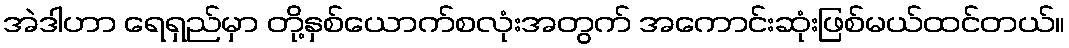
အဲဒါဟာ ရေရှည်မှာ တို့နှစ်ယောက်စလုံးအတွက် အကောင်းဆုံးဖြစ်မယ်ထင်တယ်။